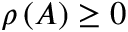
\rho \left( A \right) \geq 0